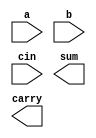
`timescale 1ns / 1ps
//////////////////////////////////////////////////////////////////////////////////
// Company: 
// Engineer: 
// 
// Design Name: 
// Module Name:    rcastruct 
// Project Name: 
// Target Devices: 
// Tool versions: 
// Description: 
//
// Dependencies: 
//
// Revision: 
// Revision 0.01 - File Created
// Additional Comments: 
//
//////////////////////////////////////////////////////////////////////////////////
module rcastruct(a,b,cin,sum,carry);
input[3:0] a,b;
input cin;
output [3:0] sum;
output carry;
xor x1(s1,a,b);
xor x2(s2,b,cin);
and a1(s3,a,b);
and a2(s4,b,cin);
and a3(s5,cin,a);
or o1(s6,s3,s4);
or o2(s7,s5,s6);
endmodule